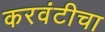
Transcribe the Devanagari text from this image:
करवंटीचा